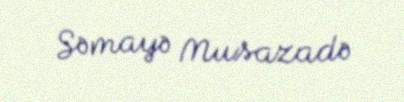
Səmayə Musazadə